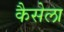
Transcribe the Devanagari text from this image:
कैसेला